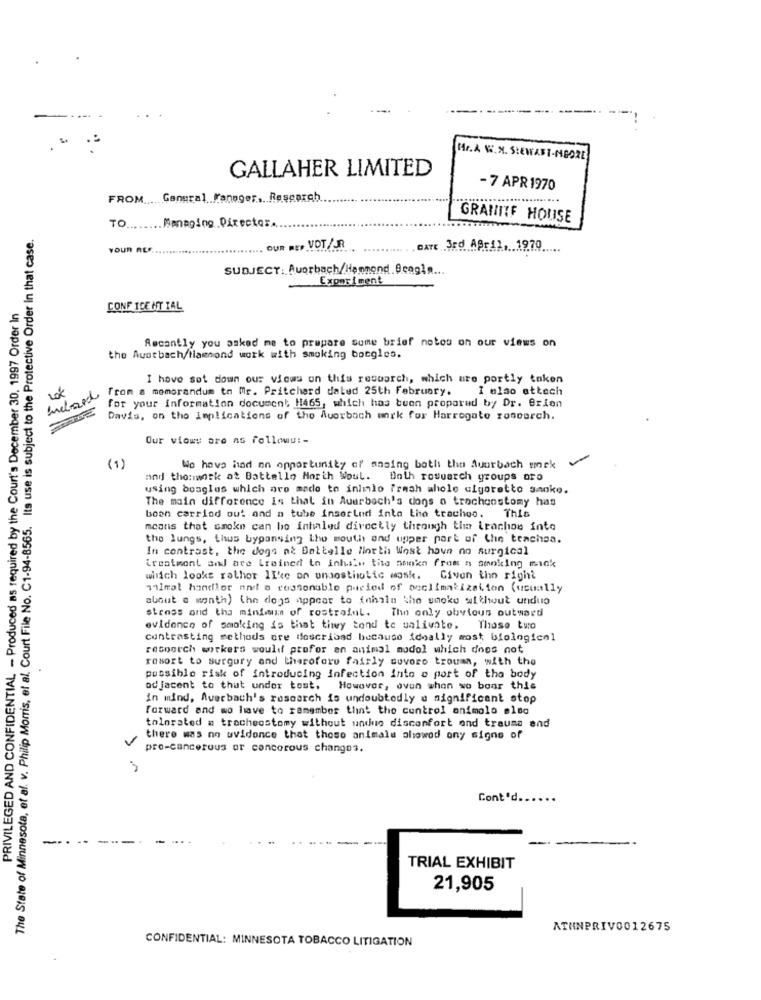
Mr.A W.X. SIEWAFT-NGORE
GALLAHER LIMITED
- 7 APR 1970
FROM General Manager, Research
........
TO ........ Managing Director ..
GRANITIF HOUSE
The State of Minnesota, et al. v. Philip Morris, et al. Court File No. C1-94-8565. Its use is subject to the Protective Order In that case.
YOUR REF. ...
.........
...... OUR MEP VOT/JR
DATE 3rd April ... 19.79 .....
SUBJECT: Auorbach/Hammond 9cagln ...
Experiment
PRIVILEGED AND CONFIDENTIAL - Produced as required by the Court's December 30, 1997 Order In
CONF TCE NT TAL
Recantly you asked me to prepare some brief notos on our views on
the Auutbach/llamond work with smoking borgles.
I have set down ou: views on this research, which are portly taken
From a memorandum to Mr. Pritchard dated 25th February.
I also attech
for your information document; H465, which has been prepared by Dr. Brion
Davis, on the Implications of the Auerbach work for Harrogate rosdurch.
Our viows are as follows :-
(1)
Wo have had an opportunity of sasing both the Auurbach emek
and the:ansk at Battello Horth Woul.
Both research groups oro
using boaglas which are made to inimlo fresh whole algoretto smoke.
The main difference is that in Auerbach's dogs o tracheostomy has
boen carried out and a tube inserted into the tracheo. This
means that smoke can be inhaled directly through time irachos into
the lungs, thus bypassing the mouth and upper part of the teachsa.
In contrast, the dogs ar Battelle North West havn no surgical
treatment and are Lreined to inhis tito nunka from s smoking mick
which looks rather like on unaosthotic mosk. Civon thn right
saimal handler ant a reasonable period of acclimatization (usually
about a month) the dogs appear to inhala the smoke without undus
stress and the minimum of rostraint. The only obvious outward
evidence of smoking is that tiwy tond te ualivate. Those two
contrasting methods ore describad because ideally most biologienl
resontch workers would ptofor an animal modol which does not
resort to surgury and theroforu fairly suvoro trouma, with the
possible risk of introducing infection into o port of the body
adjacent to that under tost. However, even when wo boar this
in mind, Averbach's research is undoubtedly u significant stop
Forward and wo have to remember that the control animolo also
tolorated a tracheostomy without undue disconfort ond trauma and
there was no uvidonce that those animale allowed ony signs of
pro-cancerous or concorous changos.
Cont'd.
-
TRIAL EXHIBIT
21,905
ATHNPRIV0012675
CONFIDENTIAL: MINNESOTA TOBACCO LITIGATION